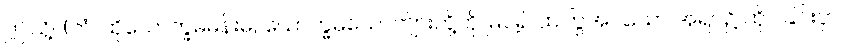
ဤသို့။ (တံ၊ ထိုယောက္ခမမိန်းမ, ယောက္ခမယောကျ်ားတို့ကို မြင်၍ ထကြွအပ်သော အရပ်၌ ထိုင်ခြင်းငှာ